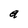
Character: a